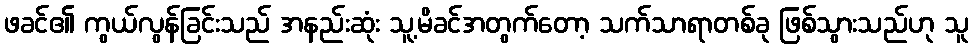
ဖခင်၏ ကွယ်လွန်ခြင်းသည် အနည်းဆုံး သူ့မိခင်အတွက်တော့ သက်သာရာတစ်ခု ဖြစ်သွားသည်ဟု သူ